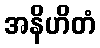
အနိဟိတံ